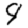
Digit: 9